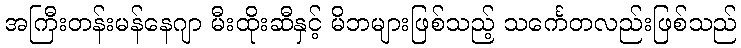
အကြီးတန်းမန်နေဂျာ မီးထိုးဆီနှင့် မိဘများဖြစ်သည့် သင်္ကေတလည်းဖြစ်သည်